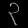
Digit: ၃